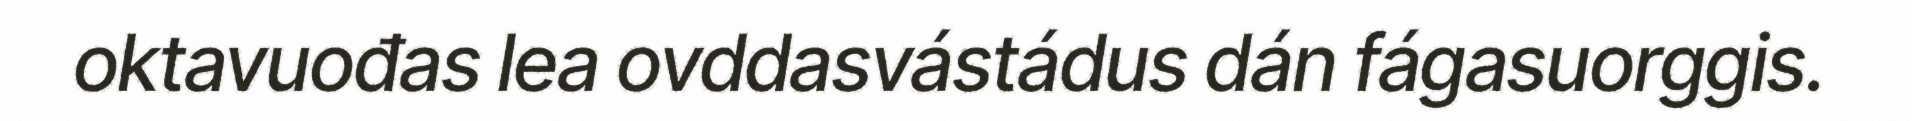
oktavuođas lea ovddasvástádus dán fágasuorggis.